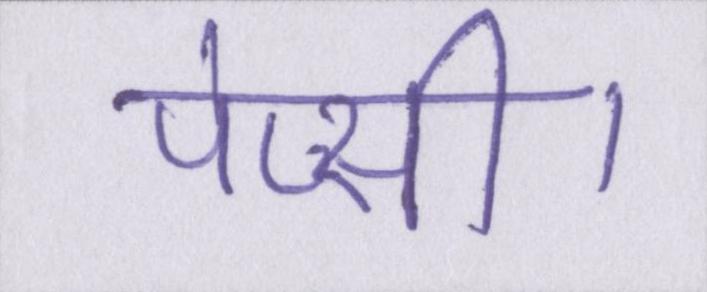
पेप्सी।